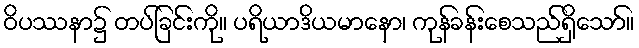
ဝိပဿနာ၌ တပ်ခြင်းကို။ ပရိယာဒိယမာနော၊ ကုန်ခန်းစေသည်ရှိသော်။